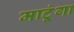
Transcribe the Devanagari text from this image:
माटूंगा